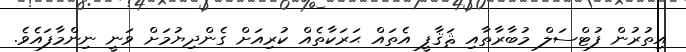
އިތުރުން ފުޓްސަލް މުބާރާތާއި ޘަޤާފީ އެތައް ޙަރަކާތެއް ކުރިއަށް ގެންދިޔުމަށް ވަނީ ނިންމާފައެވެ.